Bulletin of the Pasteur Institute of Southern India, Coonoor - No. 1.
Year: 1908
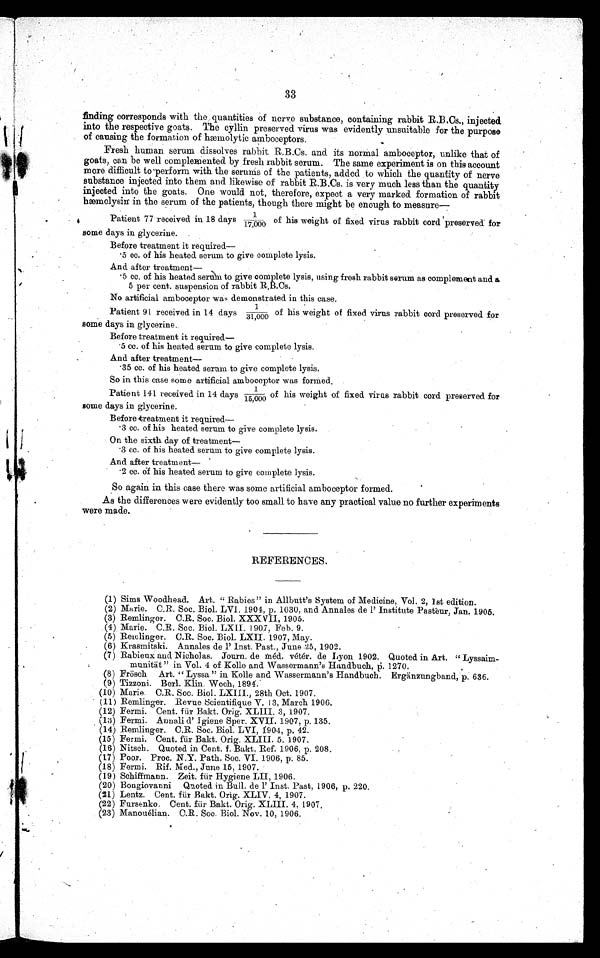
33
finding corresponds with the quantities of nerve substance, containing rabbit R.B.Cs., injected
into the respective goats. The cyllin preserved virus was evidently unsuitable for the purpose
of causing the formation of hemolytic amboceptors.
Fresh human serum dissolves rabbit R.B.Cs. and its normal amboceptor, unlike that of
goats, can be well complemented by fresh rabbit serum. The same experiment is on this account
more difficult to perform with the serums of the patients, added to which the quantity of nerve
substance injected into them and likewise of rabbit R.B.Cs. is very much less than the quantity
injected into the goats. One would not, therefore, expect a very marked formation of rabbit
hæmolysin in the serum of the patients, though there might be enough to measure—
Patient 77 received in 18 days 1/17,000 of his weight of fixed virus rabbit cord preserved for
some days in glycerine.
Before treatment it required
—
•5 cc. of hi s heat ed serum t o gi ve compl et e lysis.
And after treatment—
•5 cc. of his heated serum to give complete lysis, using fresh rabbit serum as complement and
a
5 per cent. suspension of rabbit R.B.Cs.
No artificial amboceptor was demonstrated in this case.
Patient 91 received in 14 days 1/31,000of his weight of fixed virus rabbit cord preserved for
some days in glycerine.
Before treatment it required—
•5 cc. of his heated serum to give complete lysis.
And after treatment
—
• 3 5 c c : o f h i s h e a t e d s e r u m t o g i v e c o mp l e t e l y s i s .
So in this case some artificial amboceptor was formed.
Patient 141 received in 14 days 1/15,000 of his weight of fixed virus rabbit cord pre
served for
some days in glycerine.
Before treatment it required—
•3 cc. of his heated serum to give complete lysis.
On the sixth day of treatment
•3 cc. of hi s heated serum to gi ve compl ete l ysi s.
And after
treatment—
• 2 c c . o f h i s h e a t e d s e r u m t o g i v e c o mp l e t e l y s i s .
So again in this case there was some artificial amboceptor formed.
As the differences were evidently too small to have any practical value no further experiments
were made.
REFERENCES.
(1) Sims Woodhead. Art. " Rabies" in Allbutt's System of Medicine, Vol. 2, 1st edition.
(2) Marie. C.R. Soc. Biol. LVI. 1904, p. 1030, and Annales de 1' Institute Pasteur, Jan. 1905.
(3) Remlinger. C.R. Soc. Biol. XXXVII, 1905.
(4) Marie. C.R. Soc. Biol. LXII. 1907, Feb, 9.
(5) Remlinger. C.R. Soc. Biol. LXII. 1907, May.
(6) Krasmitski. Annales de l'Inst. Past., June 25, 1902.
(7) Rabieux and Nicholas. Journ de méd, vétér de Lyon 1902. Quoted in Art. "Lyssaim-
-munität " in Vol. 4 of Kolle and Wassermann's Handbuch, P. 1270.
(8)
Frösch Art. "Lyssa" in Kolle and Wassermann's Handbuch. Ergänzungband, p. 636.
(9) Tizzoni. Berl. Klin. Woch, 1894.
(10) Marie C.R. Soc. Biol, LXIII., 28th Oct. 1907.
(11) Remlinger. Revue Scientifique V. 13, March 1906.
(12) Fermi, Cent. für Bakt. Orig. XLIII. 3, 1907.
( 13) Fe r mi . Anna l i d' I gi e ne Spe r . XVI I . 1907, p. 135.
(14) Remlinger. C.R. Soc. Biol, LVI, 1904, p. 42.
(15) Fermi. Cent. für Bakt. Orig. XLIII 5. 1907.
(16) Nitsch. Quoted in Cent. f. Bakt. Ref. 1906, p. 208.
(17) Poor. Proc. N.Y. Path. Soc. VI. 1906, p. 85.
(18) Fermi. Rif. Med., June 15, 1907.
(19) Schiffmann. Zeit, für Hygiene LII, 1906.
(20) Bongiovanni Quoted in Bull. de l'Inst. Past, 1906, p. 220.
(21) Lentz. Cent. für Bakt. Orig. XLIV 4, 1907.
(22) Fursenko. Cent. für Bakt. Orig, XLIII. 4. 1907.
(23) Manouélian. C.R. Soc. Biol. Nov. 10, 1906.